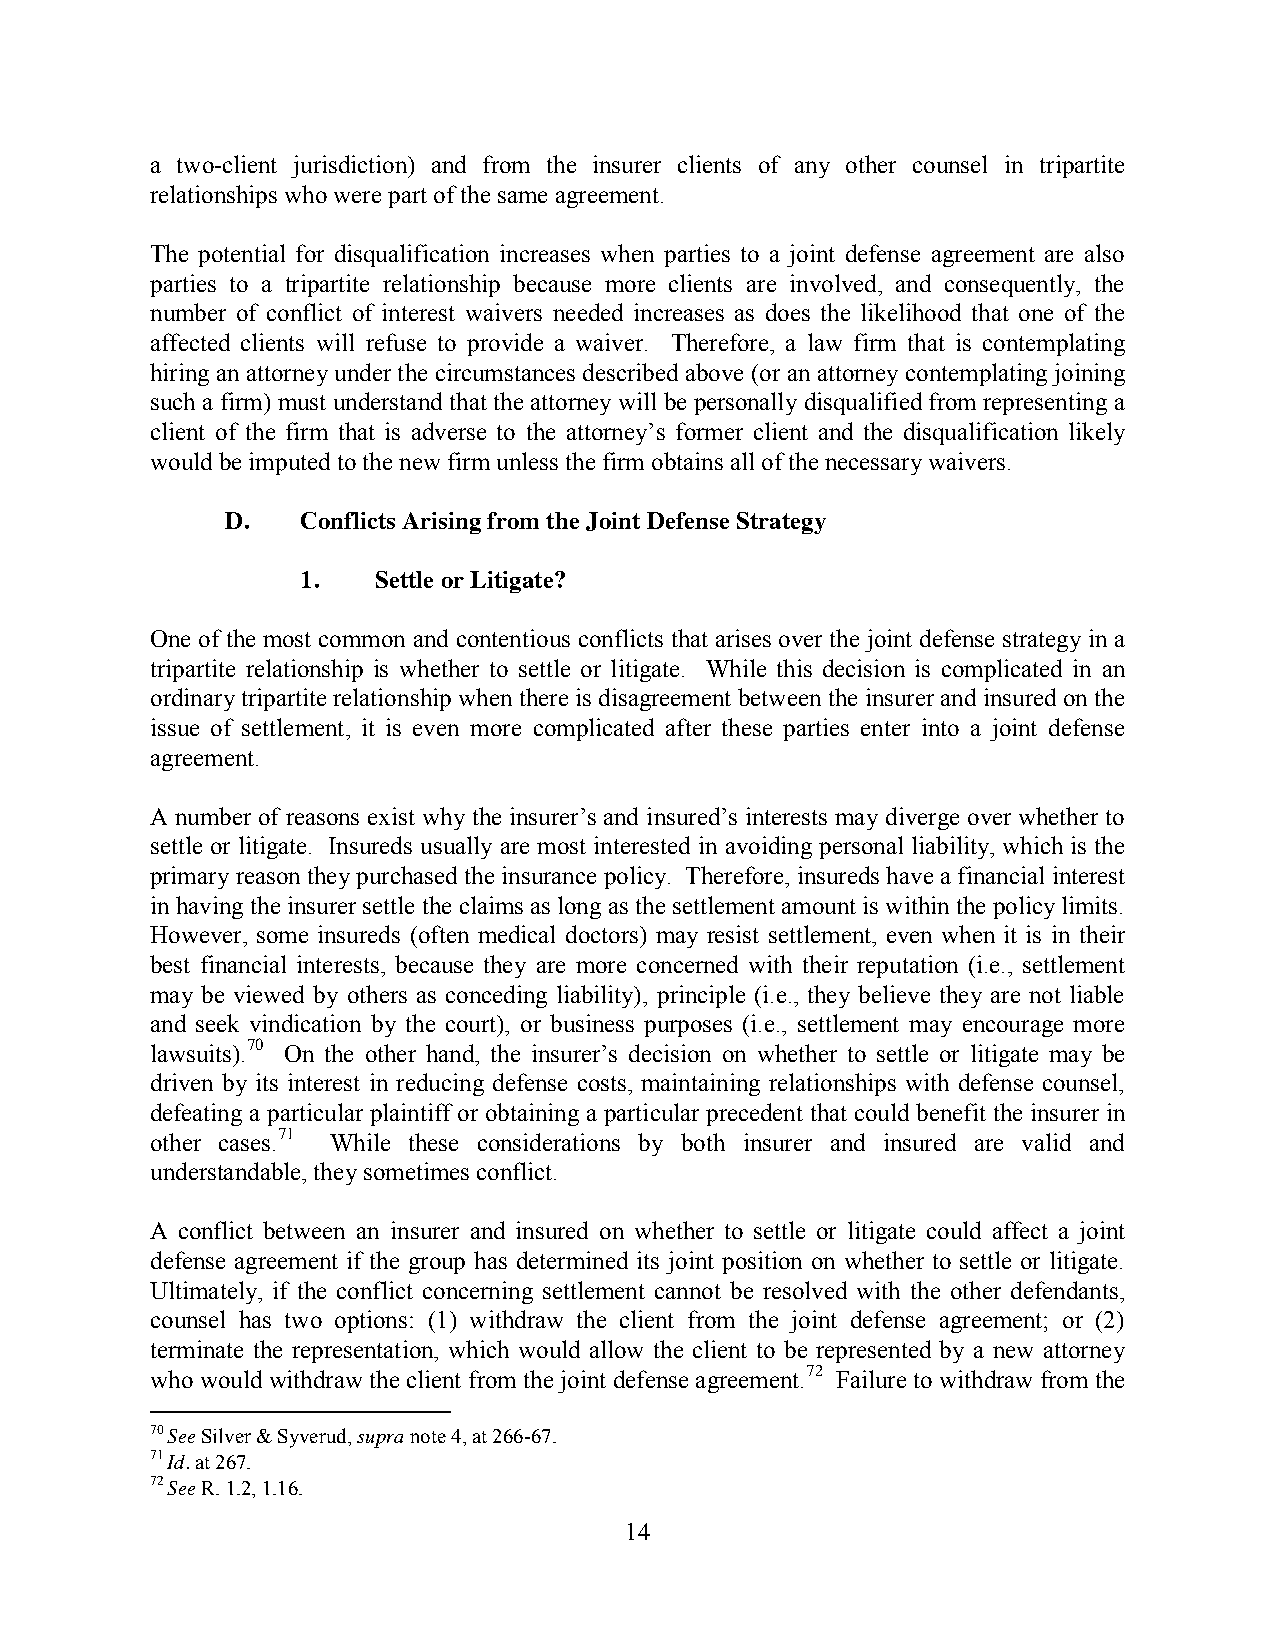
a two-client jurisdiction) and from the insurer clients of any other counsel in tripartite
 relationships who were part of the same agreement.
 The potential for disqualification increases when parties to a joint defense agreement are also
 parties to a tripartite relationship because more clients are involved, and consequently, the
 number of conflict of interest waivers needed increases as does the likelihood that one of the
 affected clients will refuse to provide a waiver. Therefore, a law firm that is contemplating
 hiring an attorney under the circumstances described above (or an attorney contemplating joining
 such a firm) must understand that the attorney will be personally disqualified from representing a
 client of the firm that is adverse to the attorney’s former client and the disqualification likely
 would be imputed to the new firm unless the firm obtains all of the necessary waivers.
 D.   Conflicts Arising from the Joint Defense Strategy
 1.   Settle or Litigate?
 One of the most common and contentious conflicts that arises over the joint defense strategy in a
 tripartite relationship is whether to settle or litigate. While this decision is complicated in an
 ordinary tripartite relationship when there is disagreement between the insurer and insured on the
 issue of settlement, it is even more complicated after these parties enter into a joint defense
 agreement.
 A number of reasons exist why the insurer’s and insured’s interests may diverge over whether to
 settle or litigate. Insureds usually are most interested in avoiding personal liability, which is the
 primary reason they purchased the insurance policy. Therefore, insureds have a financial interest
 in having the insurer settle the claims as long as the settlement amount is within the policy limits.
 However, some insureds (often medical doctors) may resist settlement, even when it is in their
 best financial interests, because they are more concerned with their reputation (i.e., settlement
 may be viewed by others as conceding liability), principle (i.e., they believe they are not liable
 and seek vindication by the court), or business purposes (i.e., settlement may encourage more
 lawsuits).70 On the other hand, the insurer’s decision on whether to settle or litigate may be
 driven by its interest in reducing defense costs, maintaining relationships with defense counsel,
 defeating a particular plaintiff or obtaining a particular precedent that could benefit the insurer in
 other cases.71 While these considerations by both insurer and insured are valid and
 understandable, they sometimes conflict.
 A conflict between an insurer and insured on whether to settle or litigate could affect a joint
 defense agreement if the group has determined its joint position on whether to settle or litigate.
 Ultimately, if the conflict concerning settlement cannot be resolved with the other defendants,
 counsel has two options: (1) withdraw the client from the joint defense agreement; or (2)
 terminate the representation, which would allow the client to be represented by a new attorney
 who would withdraw the client from the joint defense agreement.72 Failure to withdraw from the
 70 See Silver & Syverud, supra note 4, at 266-67.
 71 Id. at 267.
 72 See R. 1.2, 1.16.
 14